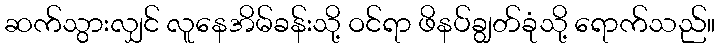
ဆက်သွားလျှင် လူနေအိမ်ခန်းသို့ ဝင်ရာ ဖိနပ်ချွတ်ခုံသို့ ရောက်သည်။